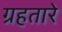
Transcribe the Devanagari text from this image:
ग्रहतारे